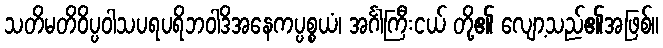
သတိမတိဝိပ္ပဝါသပရပရိဘဝါဒိအနေကပ္ပစ္စယံ၊ အင်္ဂါကြီးငယ် တို့၏ လျော့သည်၏အဖြစ်။